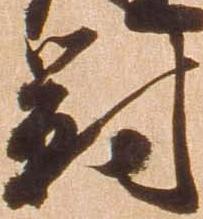
対